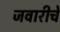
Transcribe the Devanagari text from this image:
जवारीचे